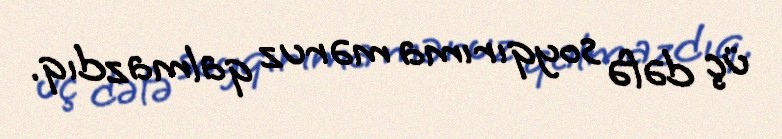
üç dəfə soyqırıma məruz qalmazdıq.